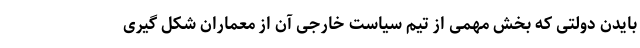
بایدن دولتی که بخش مهمی از تیم سیاست خارجی آن از معماران شکل گیری